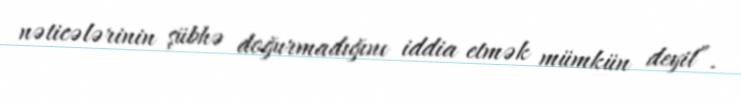
nəticələrinin şübhə doğurmadığını iddia etmək mümkün deyil”.